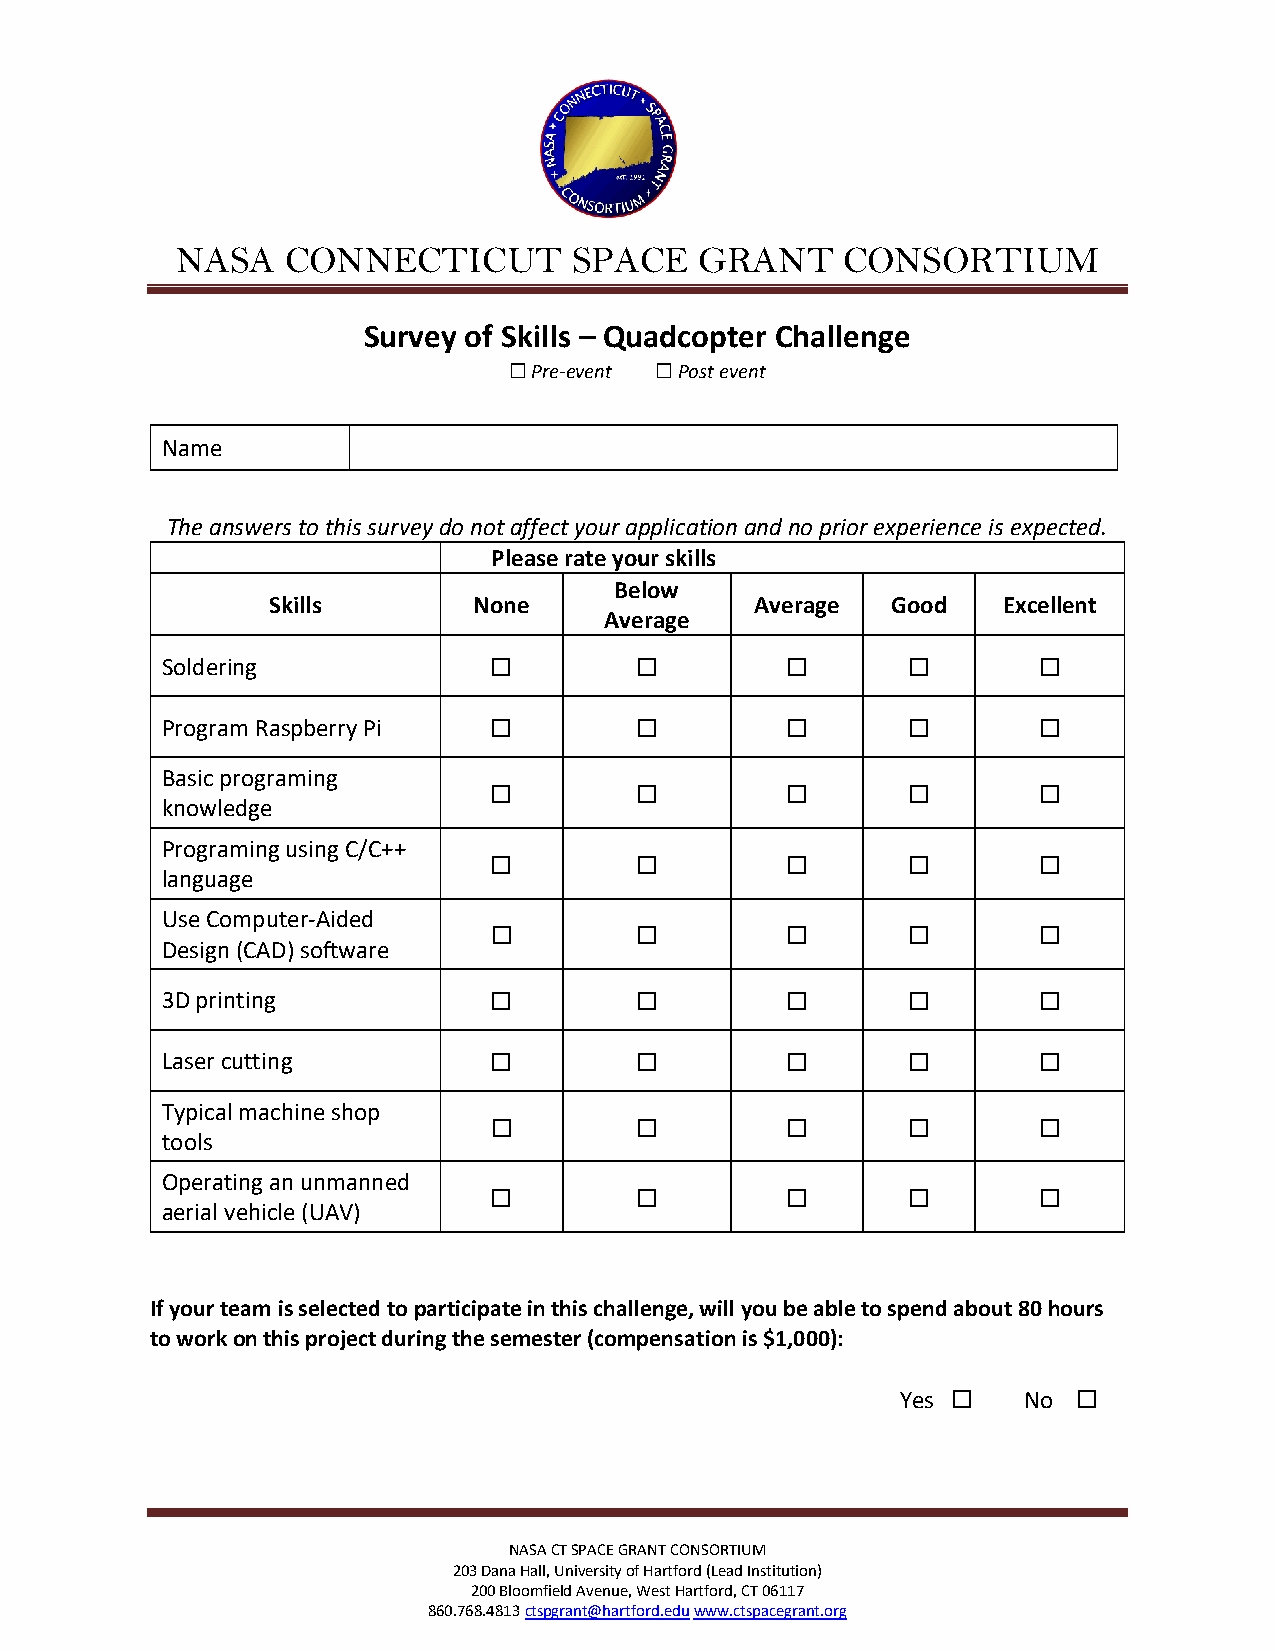
NASA   CONNECTICUT        SPACE   GRANT     CONSORTIUM
 Survey of Skills – Quadcopter Challenge
 Pre-event Post event
 ☐        ☐
 Name
 The answers to this survey do not affect your application and no prior experience is expected.
 Please rate your skills
 Below
 Skills       None               Average  Good   Excellent
 Average
 Soldering
 ☐         ☐         ☐       ☐        ☐
 Program Raspberry Pi
 ☐         ☐         ☐       ☐        ☐
 Basic programing
 knowledge            ☐         ☐         ☐       ☐        ☐
 Programing using C/C++
 language             ☐         ☐         ☐       ☐        ☐
 Use Computer-Aided
 Design (CAD) software ☐        ☐         ☐       ☐        ☐
 3D printing
 ☐         ☐         ☐       ☐        ☐
 Laser cutting
 ☐         ☐         ☐       ☐        ☐
 Typical machine shop
 tools                ☐         ☐         ☐       ☐        ☐
 Operating an unmanned
 aerial vehicle (UAV) ☐         ☐         ☐       ☐        ☐
 If your team is selected to participate in this challenge, will you be able to spend about 80 hours
 to work on this project during the semester (compensation is $1,000):
 Yes     No
 ☐       ☐
 NASA CT SPACE GRANT CONSORTIUM
 203 Dana Hall, University of Hartford (Lead Institution)
 200 Bloomfield Avenue, West Hartford, CT 06117
 860.768.4813 ctspgrant@hartford.edu www.ctspacegrant.org